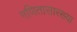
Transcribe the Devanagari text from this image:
गणितासारख्या